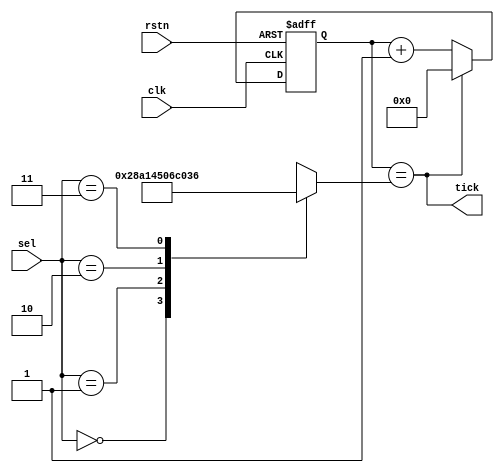
`timescale 1ns / 1ps
//////////////////////////////////////////////////////////////////////////////////
// Company: 
// Engineer: 
// 
// Design Name: 
// Module Name: BaudRate_Generator
// Project Name: 
// Target Devices: 
// Tool Versions: 
// Description: 
// 
// Dependencies: 
// 
// Revision:
// Revision 0.01 - File Created
// Additional Comments:
// 
//////////////////////////////////////////////////////////////////////////////////


module BaudRate_Generator(
    input [1:0] sel,
    input clk, rstn,
    output tick
    );
    
    reg [11:0] baud;
    reg [11:0] counter;
    
    always @ (sel)
    begin
        case(sel)
        2'b00: baud=15'd650; //9600
        2'b01: baud=15'd325; //19200
        2'b10: baud=15'd108; //57600
        2'b11: baud=15'd54;  //115200
        endcase
    end
    
    always @(posedge clk or negedge rstn)
        if(!rstn) counter <= 0;
        else if(tick) counter <= 0;
        else counter <= counter + 1;
             
   assign tick = (counter == baud);
endmodule